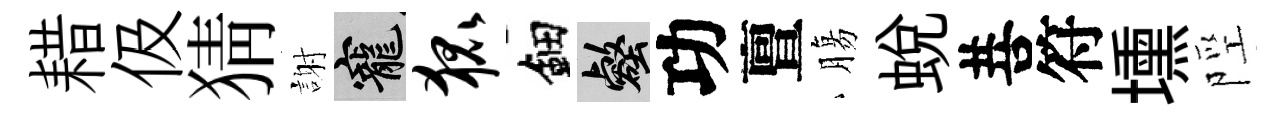
耤伋猜謝寵狐鈿壑功亶膓蜕菩符壎陘